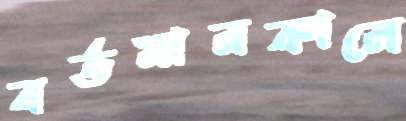
বর্তমানকালে